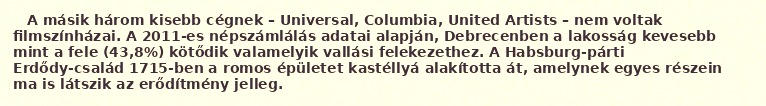
A másik három kisebb cégnek – Universal, Columbia, United Artists – nem voltak filmszínházai. A 2011-es népszámlálás adatai alapján, Debrecenben a lakosság kevesebb mint a fele (43,8%) kötődik valamelyik vallási felekezethez. A Habsburg-párti Erdődy-család 1715-ben a romos épületet kastéllyá alakította át, amelynek egyes részein ma is látszik az erődítmény jelleg.